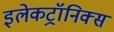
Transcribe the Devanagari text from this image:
इलेकट्रॉनिक्स